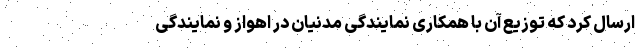
ارسال کرد که توزیع آن با همکاری نمایندگی مدنیان در اهواز و نمایندگی